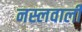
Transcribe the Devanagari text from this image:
नस्लवाली